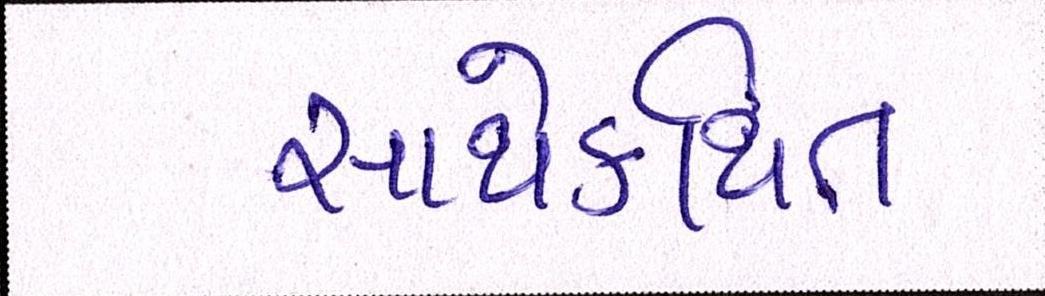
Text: સાથેકથિત